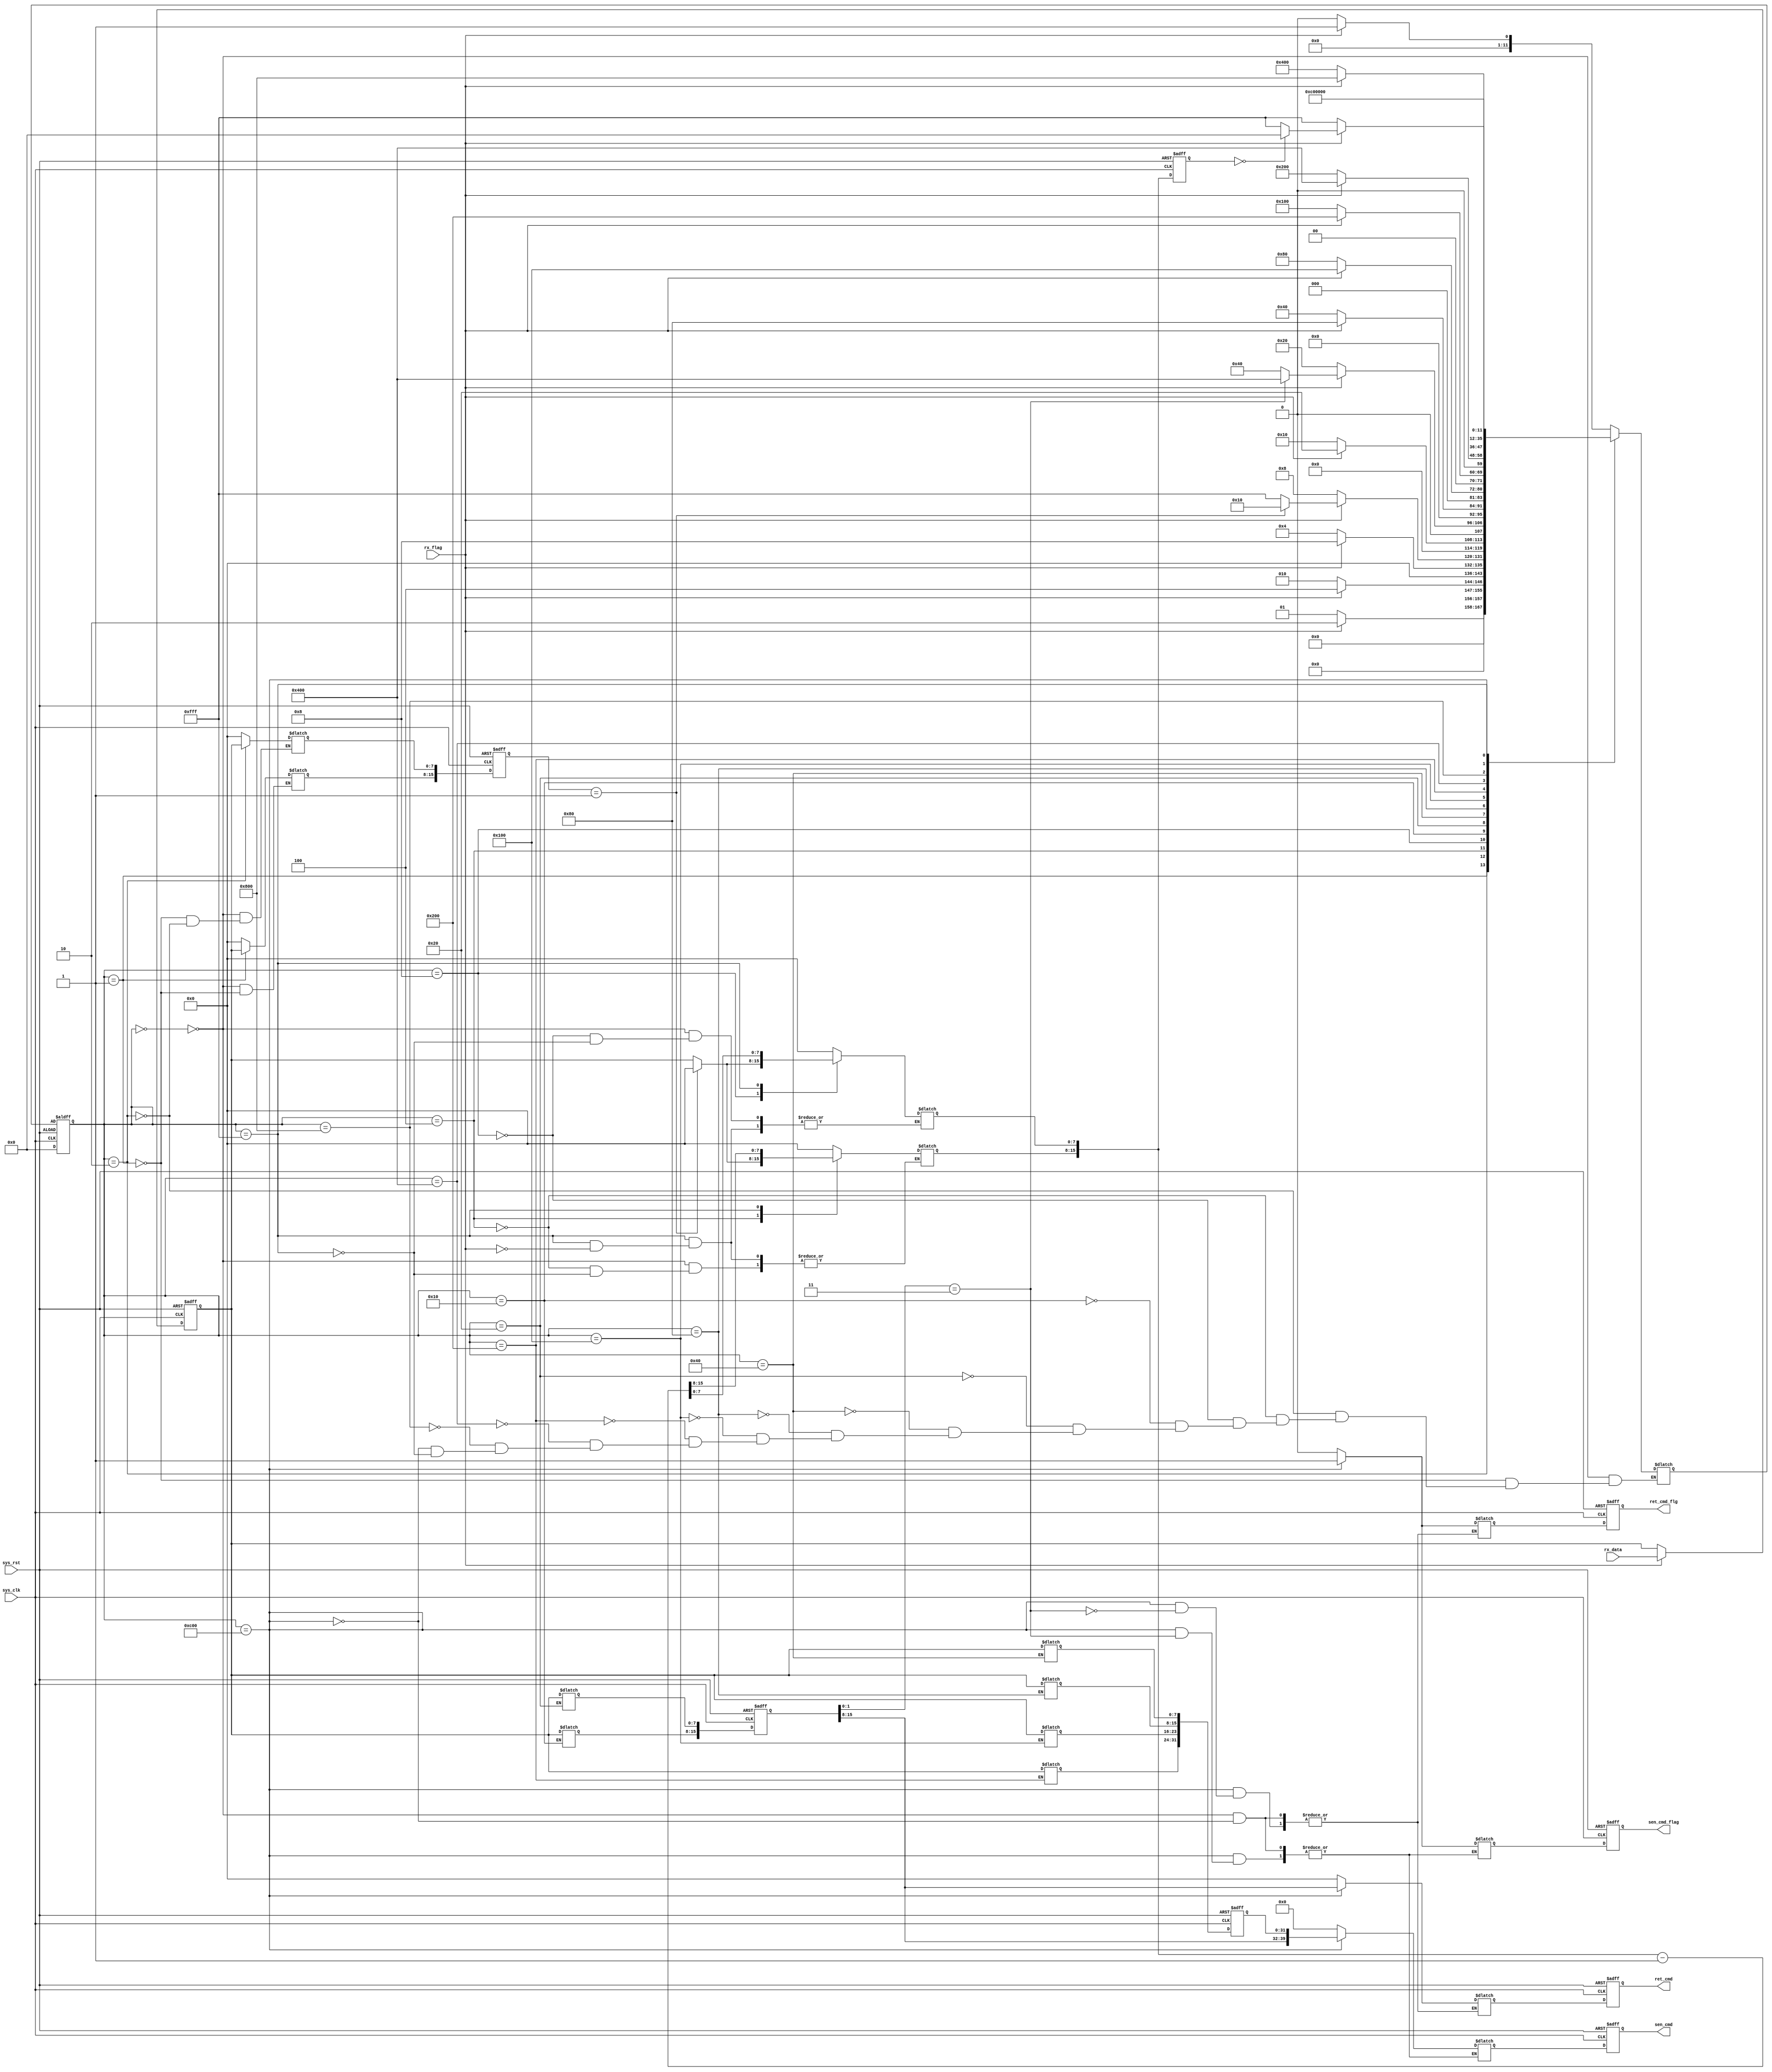
// COMMIT: 
// DSC:
// 	
//	

module rxana(
	input			sys_clk,
	input			sys_rst,
	
	// 
	input			rx_flag,// 
	input	[7:0]	rx_data,// 
	
	// 
	output 	[7:0]	ret_cmd, //  
	output			ret_cmd_flg, // 
	
	// 
	output	[39:0]	sen_cmd, // 8ID 
	output			sen_cmd_flag	//  
);

//*****************************    *****************************
// * <rx_data><rx_flag>
// * <ret_cmd><ret_cmd_flg> 
//   
// * <sen_cmd><sen_cmd_flag> 
//   
//**********************************************************************

// 
reg [7:0] RX_DATA;
// reg [7:0] RX_DATA_R;

// always @(*) begin
// 	if(rx_flag)
// 		RX_DATA_R = rx_data;
// 	else
// 		RX_DATA_R = RX_DATA_R;
// end

// always @ (posedge sys_clk or negedge sys_rst) begin
// 	if(!sys_rst)
// 		RX_DATA <=  8'b0000_0000;
// 	else
// 		RX_DATA <=  RX_DATA_R;
// end
always @ (posedge sys_clk or negedge sys_rst) begin
	if(!sys_rst)
		RX_DATA <=  8'b0000_0000;
	else if(rx_flag)
		RX_DATA <=  rx_data;
	else
		RX_DATA <=  RX_DATA;
end

//*****************************  mianStaM  *****************************
// * 
//**********************************************************************

parameter STA_WAIT 		= 12'b000000000000; // 
parameter STA_HEAD_1 	= 12'b000000000001; // ID
parameter STA_HEAD_2 	= 12'b000000000010; // ID
parameter STA_CNT_1 	= 12'b000000000100; // 
parameter STA_CNT_2 	= 12'b000000001000; // 
parameter STA_SID 		= 12'b000000010000; // ID
parameter STA_SRW 		= 12'b000000100000; // 
parameter STA_RCD1 		= 12'b000001000000; // 1
parameter STA_RCD2 		= 12'b000010000000; // 2
parameter STA_RCD3 		= 12'b000100000000; // 3
parameter STA_RCD4 		= 12'b001000000000; // 4
parameter STA_CRC1		= 12'b010000000000; // CRC1
parameter STA_CRC2 		= 12'b100000000000; // CRC2
parameter STA_DLY		= 12'b111111111111; // 
parameter STA_SENDCMD	= 12'b110000000000; // 

reg [11:0]	FSM_CS; // 
reg [11:0]	FSM_NS; // 

reg [15:0]	REC_ID; // ID
reg [15:0]	REC_ID_R; // 

reg [15:0]	REC_CNT; // 
reg [15:0]	REC_CNT_R; // 

reg [15:0]	SENSOR; //  8ID,8RW
reg [15:0]	SENSOR_R;

reg [31:0]	DATA; // 
reg [31:0]	DATA_R;

reg [7:0]	RET_CMD; //  id
reg [7:0]	RET_CMD_R;

reg RET_CMD_FLAG; // 
reg RET_CMD_FLAG_R; 

reg [39:0]	SEND_CMD; //  id
reg [39:0]	SEND_CMD_R;

reg SEND_CMD_FLAG; // 
reg SEND_CMD_FLAG_R; 

wire ID_RIGHT =  (REC_ID == 16'b0000_0000_0000_0001); // ID 
wire CNT_END = (REC_CNT == 16'b0000_0000_0000_0000); //  
wire SEN_R = (SENSOR[1:0] == 2'b11); // 02
wire SEN_W = ~SEN_R;

// 
always @(posedge sys_clk or posedge sys_rst) begin
	if(!sys_rst) begin
		FSM_CS <= STA_WAIT;
	end
	else begin
		FSM_CS <= FSM_NS;
	end
end

// 
always @(*) begin
	case(FSM_CS)
		STA_WAIT: begin //  HEAD1 
			if(rx_flag)
				FSM_NS = STA_HEAD_1;
			else
				FSM_NS = STA_WAIT;
		end
		STA_HEAD_1: begin // 1
			if(rx_flag)
				FSM_NS = STA_HEAD_2;
			else
				FSM_NS = STA_HEAD_1;
		end
		STA_HEAD_2: begin // 2
			if(rx_flag)
				FSM_NS = STA_CNT_1;
			else
				FSM_NS = STA_HEAD_2;
		end
		STA_CNT_1: begin // 1
			if(rx_flag)
				FSM_NS = STA_CNT_2;
			else
				FSM_NS = STA_CNT_1;
		end
		STA_CNT_2: begin // 2
			if(rx_flag)
				if(ID_RIGHT) // ID
					FSM_NS = STA_SID;
				else // 
					FSM_NS = STA_DLY;
			else
				FSM_NS = STA_CNT_2;
		end
		STA_SID: begin // ID
			if(rx_flag)
				FSM_NS = STA_SRW;
			else
				FSM_NS = STA_SID;
		end
		STA_SRW: begin // 
			if(rx_flag) begin
				if(SEN_W)
					FSM_NS = STA_RCD1;
				else
					FSM_NS = STA_CRC1;
			end
			else
				FSM_NS = STA_SRW;
		end
		STA_RCD1: begin // 
			if(rx_flag)
				FSM_NS = STA_RCD2;
			else
				FSM_NS = STA_RCD1;
		end
		STA_RCD2: begin // 
			if(rx_flag)
				FSM_NS = STA_RCD3;
			else
				FSM_NS = STA_RCD2;
		end
		STA_RCD3: begin // 
			if(rx_flag)
				FSM_NS = STA_RCD4;
			else
				FSM_NS = STA_RCD3;
		end
		STA_RCD4: begin // 
			if(rx_flag)
				FSM_NS = STA_CRC1;
			else
				FSM_NS = STA_RCD4;
		end
		STA_CRC1: begin // CRC1
			if(rx_flag)
				FSM_NS = STA_CRC2;
			else
				FSM_NS = STA_CRC1;
		end
		STA_CRC2: begin // CRC2
			//if(rx_flag)
				FSM_NS = STA_SENDCMD;
			//else
			//	FSM_NS = STA_CRC2;
		end
		STA_SENDCMD: begin // 
			FSM_NS = STA_WAIT;
		end
		STA_DLY: begin // ID
			if(rx_flag)
				if(CNT_END)//
					FSM_NS = STA_WAIT;
				else
					FSM_NS = STA_DLY;
			else
				FSM_NS = STA_DLY;
		end
		default;
	endcase
end

// 
always @(*) begin
	case(FSM_CS)
		STA_WAIT: begin //  HEAD1 
			RET_CMD_FLAG_R = 1'b0; // 
			REC_ID_R = 16'b0000_0000_0000_0000;
			RET_CMD_R = 8'b0000_0000;
			SEND_CMD_R = 40'h0000_0000_00;
			SEND_CMD_FLAG_R = 1'b0;
			REC_CNT_R = 16'h0000;
		end
		STA_HEAD_1: begin // 1
			REC_ID_R = {RX_DATA, 8'b0000_0000};
		end
		STA_HEAD_2: begin // 2
			REC_ID_R[7:0] = RX_DATA;
		end
		STA_CNT_1: begin // 1
			if(!ID_RIGHT)
				REC_CNT_R[15:8] = RX_DATA;
			else
				REC_CNT_R[15:8] = 8'b0000_0000;
		end
		STA_CNT_2: begin // 2
			if(!ID_RIGHT) begin
				REC_CNT_R[7:0] = RX_DATA;
				//REC_CNT_R = REC_CNT_R + 16'b0000_0000_0000_0001;
			end
			else
				REC_CNT_R[7:0] = 8'b0000_0000;
		end
		STA_SID: begin // ID
			SENSOR_R[15:8] = RX_DATA;
		end
		STA_SRW: begin // 
			SENSOR_R[7:0] = RX_DATA;
		end
		STA_RCD1: begin // 
			DATA_R[7:0] = RX_DATA;
		end
		STA_RCD2: begin // 
			DATA_R[15:8] = RX_DATA;
		end
		STA_RCD3: begin // 
			DATA_R[23:16] = RX_DATA;
		end
		STA_RCD4: begin // 
			DATA_R[31:24] = RX_DATA;
		end
		STA_CRC1: begin // CRC1
			
		end
		STA_CRC2: begin // CRC2
			
		end
		STA_SENDCMD: begin
			if(SEN_R) begin// 
				RET_CMD_R = SENSOR[15:8];
				RET_CMD_FLAG_R = 1'b1;
			end
			else if(SEN_W) begin
				SEND_CMD_R = {SENSOR[15:8], DATA};
				SEND_CMD_FLAG_R = 1'b1;
			end
			else;
		end
		STA_DLY: begin // ID1
			if(rx_flag)
				REC_CNT_R = REC_CNT_R - 16'b0000_0000_0000_0001; // 1
			else
				REC_CNT_R = REC_CNT_R;
		end
		default;
	endcase
end

//
always @(posedge sys_clk or negedge sys_rst) begin
	if(!sys_rst) begin
		REC_ID <= 16'b0000_0000_0000_0000;
		REC_CNT <= 16'b0000_0000_0000_0000;
		SENSOR <= 16'b0000_0000_0000_0000;
		DATA <= 32'h0000_0000;
		RET_CMD <= 8'b0000_0000;
		RET_CMD_FLAG <= 1'b0;
		SEND_CMD <= 40'h0000_0000_00;
		SEND_CMD_FLAG <= 1'b0;
	end
	else begin
		REC_ID <= REC_ID_R;
		REC_CNT <= REC_CNT_R;
		SENSOR <= SENSOR_R;
		DATA <= DATA_R;
		RET_CMD <= RET_CMD_R;
		RET_CMD_FLAG <= RET_CMD_FLAG_R;
		SEND_CMD <= SEND_CMD_R;
		SEND_CMD_FLAG <= SEND_CMD_FLAG_R;
	end
end

// 
assign	ret_cmd = RET_CMD; //  
assign	ret_cmd_flg = RET_CMD_FLAG; // 

// 
assign	sen_cmd = SEND_CMD; // 8ID 
assign	sen_cmd_flag = SEND_CMD_FLAG;	//  


endmodule